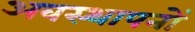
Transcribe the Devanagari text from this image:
अवस्थापनों